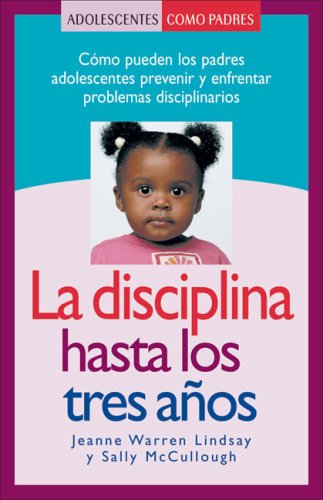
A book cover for La disciplina hasta los tres aÃ±os: CÃ³mo pueden los padres adolescentes prevenir y enfrentar problemas disciplinarios (Teen Pregnancy and Parenting series) (Spanish Edition); Jeanne Warren Lindsay; Teen & Young Adult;